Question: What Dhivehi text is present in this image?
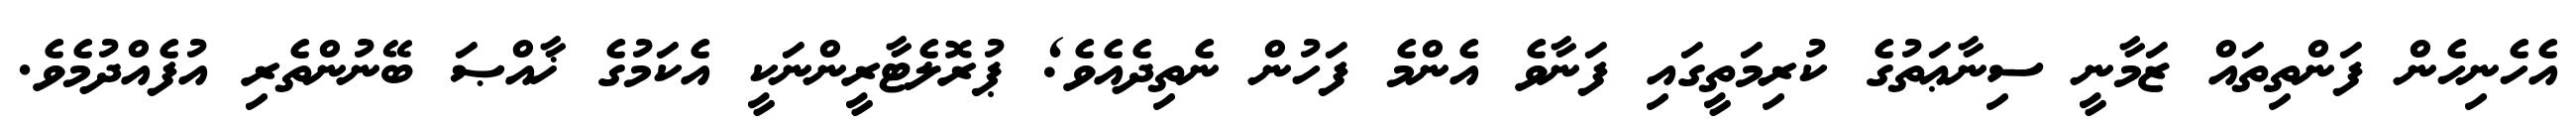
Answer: އެހެނިހެން ފަންތިތައް ޒަމާނީ ސިނާޢަތުގެ ކުރިމަތީގައި ފަނާވެ އެންމެ ފަހުން ނެތިދެއެވެ; ޕުރޮލެޓާރީންނަކީ އެކަމުގެ ޚާއްޞަ ބޭނުންތެރި އުފެއްދުމެވެ.